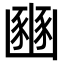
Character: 豳